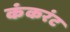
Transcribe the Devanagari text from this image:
कंकरंट